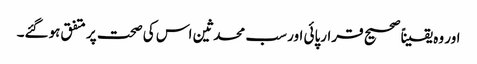
اور وہ یقیناً صحیح قرارپائی اور سب محدثین اس کی صحت پر متفق ہوگئے۔